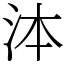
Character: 泍